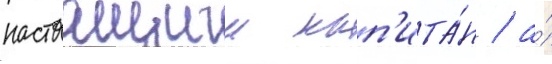
настоащии кап'ита́н / а́